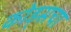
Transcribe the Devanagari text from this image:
कोड्सचा